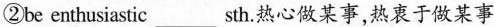
②be enthusiastic___sth。热心做某事，热衷于做某事